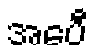
အေပီ